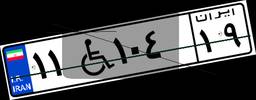
۱۱W۱۰۴۱۹